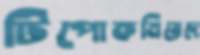
টিপোকমিয়েদে